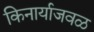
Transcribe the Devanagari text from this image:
किनार्याजवळ